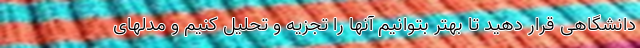
دانشگاهی قرار دهید تا بهتر بتوانیم آنها را تجزیه و تحلیل کنیم و مدلهای